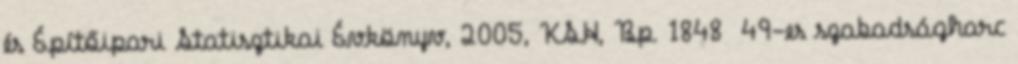
és Építőipari Statisztikai Évkönyv, 2005, KSH, Bp. 1848 49-es szabadságharc